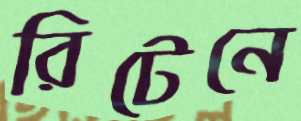
রিটেনে